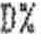
0%